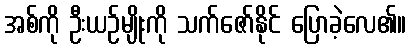
အစ်ကို ဦးယဉ်မျိုးကို သက်ဇော်နိုင် ပြောခဲ့လေ၏။